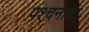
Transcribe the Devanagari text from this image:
पश्चनासा